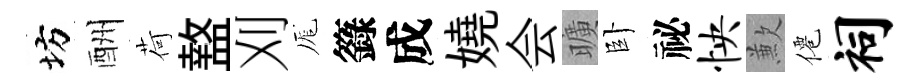
坊酬荷盩刈厖籙成嬈会曠卧祕怏歉僊祠